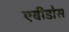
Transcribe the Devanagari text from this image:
एवीडोस